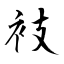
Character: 衼